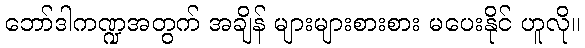
ဘော်ဒါကဏ္ဍအတွက် အချိန် များများစားစား မပေးနိုင် ဟူလို။